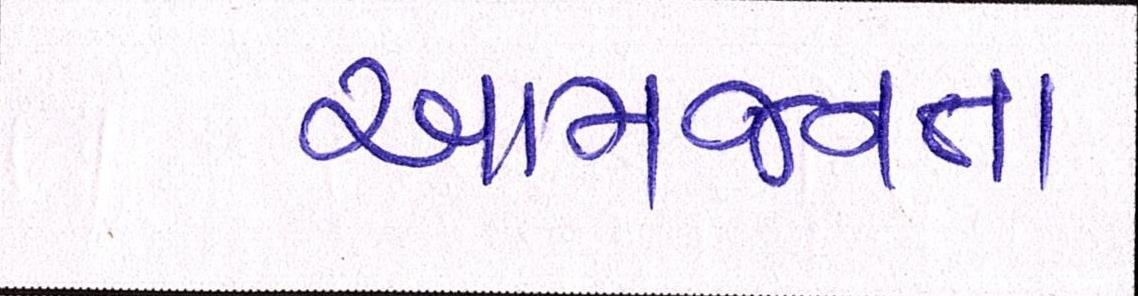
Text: આમજનતા